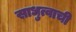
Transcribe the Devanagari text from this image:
साधुत्वाची